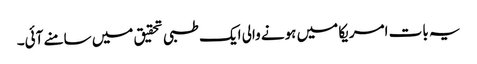
یہ بات امریکا میں ہونے والی ایک طبی تحقیق میں سامنے آئی۔